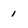
Character: 1